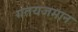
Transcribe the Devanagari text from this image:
गतयजमान